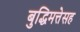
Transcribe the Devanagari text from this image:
बुद्धिमत्तेसह